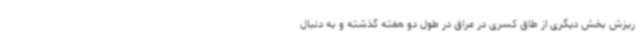
ریزش بخش دیگری از طاق کسری در عراق در طول دو هفته گذشته و به دنبال